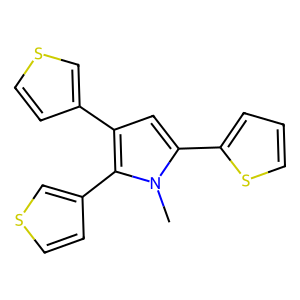
SMILES: Cn1c(-c2cccs2)cc(-c2ccsc2)c1-c1ccsc1
Inhibits HIV replication: No